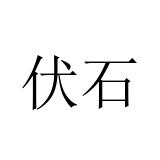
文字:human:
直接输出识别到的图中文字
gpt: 伏石